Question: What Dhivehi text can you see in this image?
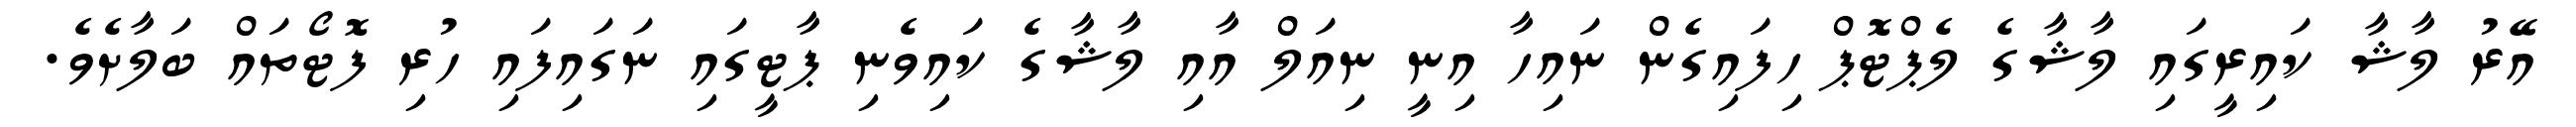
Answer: އޭރު ލާޝާ ކައިރީގައި ލާޝާގެ ލެޕްޓޮޕް ހިފައިގެން ނައިހާ އިނީ ނިއަލް އާއި ލާޝާގެ ކައިވެނި ޕާޓީގައި ނަގައިފައި ހުރި ފޮޓޯތައް ބަލާށެވެ.